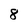
Character: 8